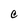
Character: C